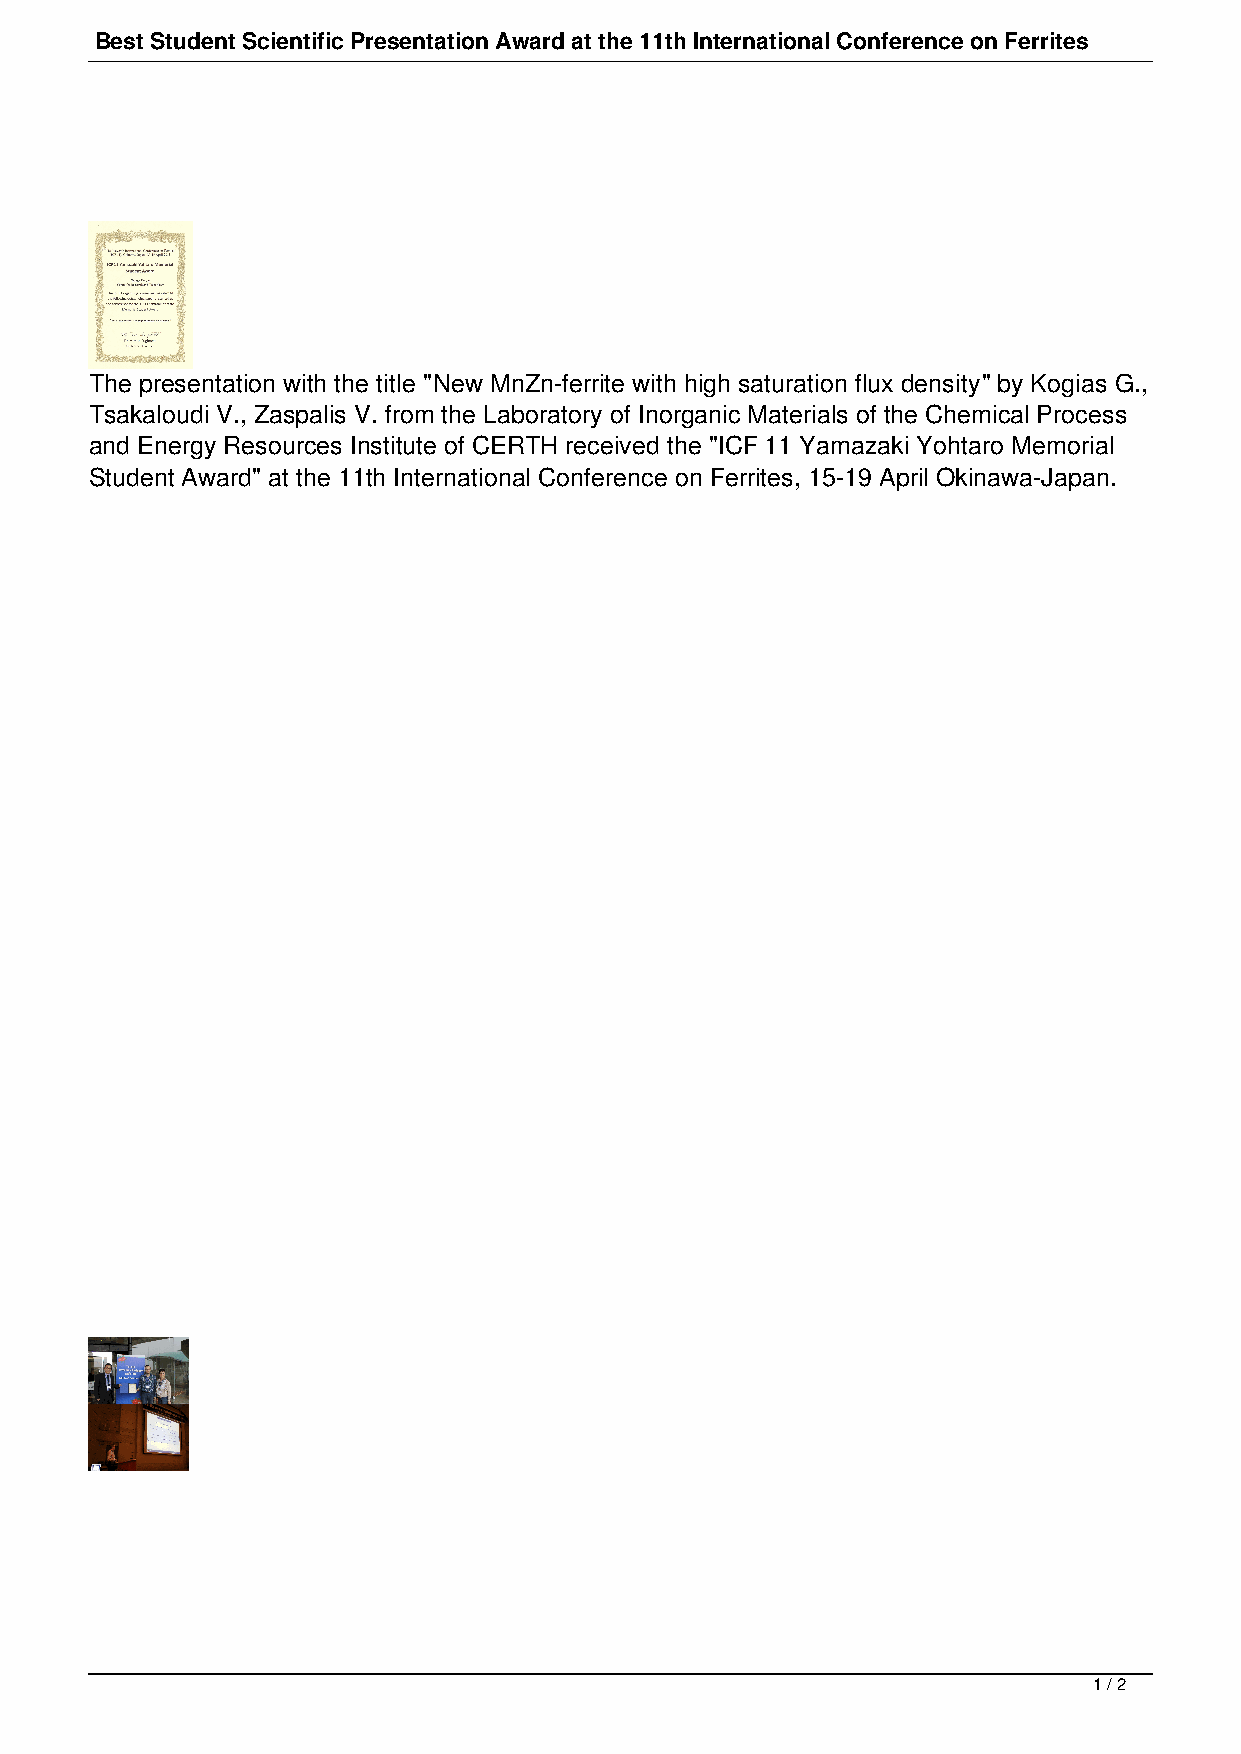
Best Student Scientific Presentation Award at the 11th International Conference on Ferrites
 The presentation with the title "New MnZn-ferrite with high saturation flux density" by Kogias G.,
 Tsakaloudi V., Zaspalis V. from the Laboratory of Inorganic Materials of the Chemical Process
 and Energy Resources Institute of CERTH received the "ICF 11 Yamazaki Yohtaro Memorial
 Student Award" at the 11th International Conference on Ferrites, 15-19 April Okinawa-Japan.
 1 / 2